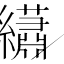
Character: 𬘎